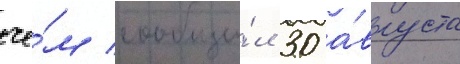
че́м сообщи́л 30 а́вгуста